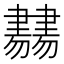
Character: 𦘨